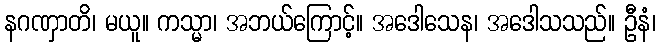
နဂဏှာတိ၊ မယူ။ ကသ္မာ၊ အဘယ်ကြောင့်။ အဒေါသေန၊ အဒေါသသည်။ ဦနံ၊